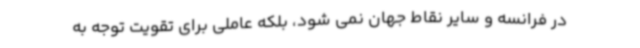
در فرانسه و سایر نقاط جهان نمی شود، بلکه عاملی برای تقویت توجه به